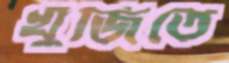
খুঁজিতে